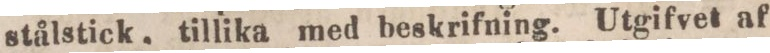
stålstick, tillika med beskrifning. Utgifvet af